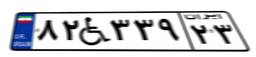
۴۶W۲۸۱۲۲